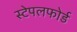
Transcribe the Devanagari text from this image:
स्टेपलफोर्ड